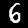
Digit: 6